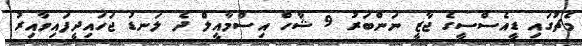
މެޗުގައި ޑީއެސްސީގެ ޖާޒީ ނަންބަރު 9 ޝާހް އިސްމާއީލް ދެ ލަނޑު ޖަހައިދީފައިވާއިރު